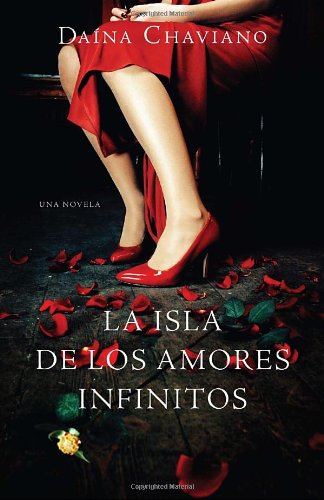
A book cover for La isla de los amores infinitos (Vintage Espanol) (Spanish Edition); DaÃ­na Chaviano; Literature & Fiction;